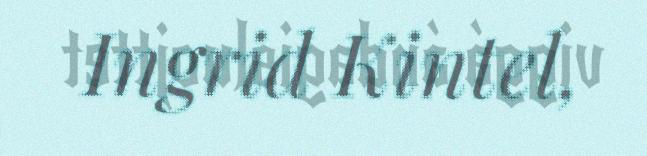
Ingrid Kintel,